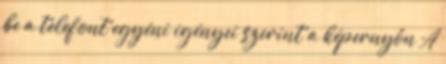
be a telefont egyéni igényei szerint a képernyőn A